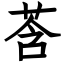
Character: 莟